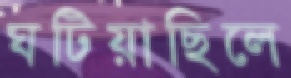
ঘটিয়াছিলে